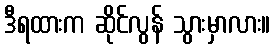
ဒီရထားက ဆိုင်လွန် သွားမှာလား။